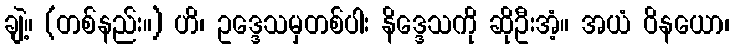
ချဲ့။ (တစ်နည်း။) ဟိ၊ ဥဒ္ဒေသမှတစ်ပါး နိဒ္ဒေသကို ဆိုဦးအံ့။ အယံ ဝိနယော၊